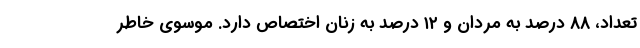
تعداد، ۸۸ درصد به مردان و ۱۲ درصد به زنان اختصاص دارد. موسوی خاطر